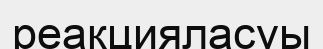
реакцияласуы